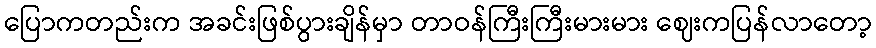
ပြောကတည်းက အခင်းဖြစ်ပွားချိန်မှာ တာဝန်ကြီးကြီးမားမား ဈေးကပြန်လာတော့